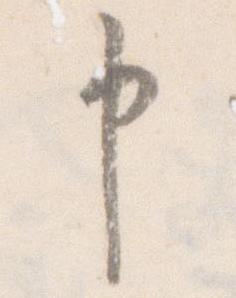
申